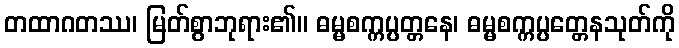
တထာဂတဿ၊ မြတ်စွာဘုရား၏။ ဓမ္မစက္ကပ္ပတ္တနေ၊ ဓမ္မစက္ကပ္ပတ္တေနသုတ်ကို